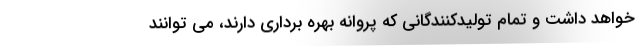
خواهد داشت و تمام تولیدکنندگانی که پروانه بهره برداری دارند، می توانند